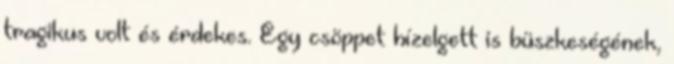
tragikus volt és érdekes. Egy csöppet hízelgett is büszkeségének,